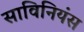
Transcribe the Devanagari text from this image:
साविनियंस